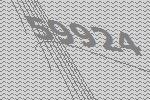
59924